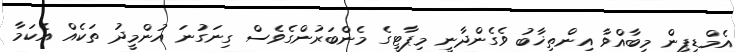
އެމްޑީޕީން މިބާއްވާ އިންތިޚާބު ވެގެންދާނީ މިޕާޓީގެ މެންބަރުންގެވެސް ގިނަގުނަ އުންމީދު ތަކެއް އެކަމާ